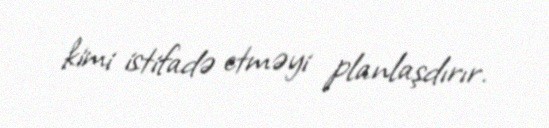
kimi istifadə etməyi planlaşdırır.